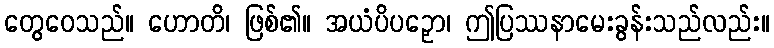
တွေဝေသည်။ ဟောတိ၊ ဖြစ်၏။ အယံပိပဉှော၊ ဤပြဿနာမေးခွန်းသည်လည်း။